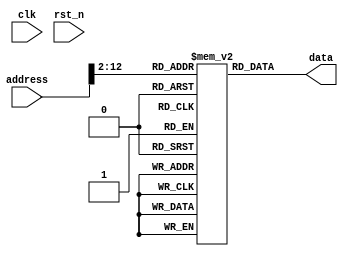
/*-----------------------------------------------------
 File Name : fake_rom.v
 Purpose : a fake rom for test
 Creation Date : 18-10-2016
 Last Modified : Wed Nov 16 19:47:17 2016
 Created By : Jeasine Ma [jeasinema[at]gmail[dot]com]
-----------------------------------------------------*/
`ifndef __FAKE_ROM_V__
`define __FAKE_ROM_V__

`timescale 1ns/1ns

module fake_rom(/*autoarg*/
    //Inputs
    clk, rst_n, address,

    //Outputs
    data
);

    input wire clk;
    input wire rst_n;

    input wire [31:0] address;
    output wire [31:0] data;

    reg[31:0] rom[0:2047];

    assign data = rom[address[31:2]];  // align with word

endmodule

`endif